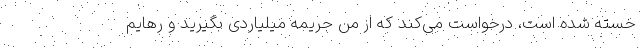
خسته شده است، درخواست می‌کند که از من جریمه میلیاردی بگیرید و رهایم